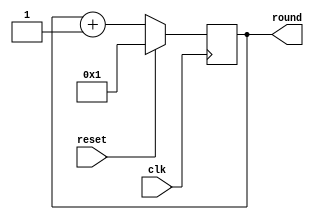
`timescale 1ns / 1ps
//////////////////////////////////////////////////////////////////////////////////
// Company: 
// Engineer: 
// 
// Design Name: 
// Module Name: counter
// Project Name: 
// Target Devices: 
// Tool Versions: 
// Description: 
// 
// Dependencies: 
// 
// Revision:
// Revision 0.01 - File Created
// Additional Comments:
// 
//////////////////////////////////////////////////////////////////////////////////


module counter(
output reg [4:0] round,
input reset,
input clk
    );
always @(posedge clk)
begin
   if(reset)
      round <= 1;
   else
      round <= round + 1;
end
endmodule